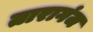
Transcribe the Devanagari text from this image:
तारागंज